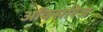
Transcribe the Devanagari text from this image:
ऑक्सरिज